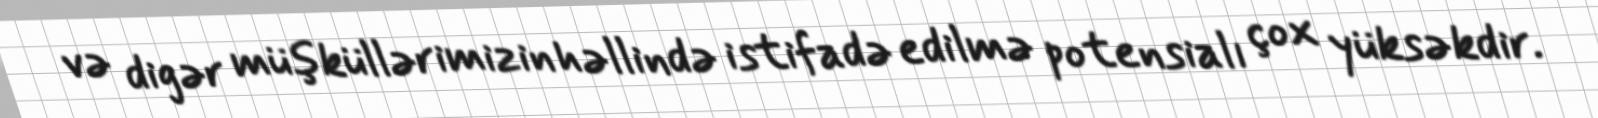
və digər müşküllərimizin həllində istifadə edilmə potensialı çox yüksəkdir.